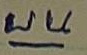
บน